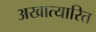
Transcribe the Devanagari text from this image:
अखात्यारित